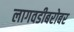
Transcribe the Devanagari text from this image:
लागवडीबरोबर